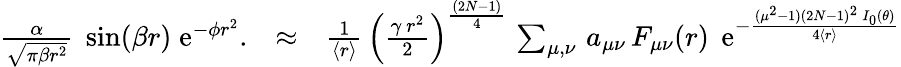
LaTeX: \begin{array}{rlr}{{\frac{\alpha}{\sqrt{\pi\beta r^{2}}}}\; \sin(\beta r)\; \mathrm{e}^{-\phi r^{2}}.}&{\approx}&{{\frac{1}{\langle r\rangle}}\, \left({\frac{\gamma\, r^{2}}{2}}\right)^{\frac{(2N-1)}{4}}\, \sum_{\mu,\nu}\, a_{\mu\nu}\, F_{\mu\nu}(r)\; \, \mathrm{e}^{-{\frac{(\mu^{2}-1)(2N-1)^{2}\, I_{0}(\theta)}{4\langle r\rangle}}}}\end{array}